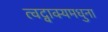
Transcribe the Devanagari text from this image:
त्वद्वाक्यमधुना